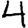
Digit: 4